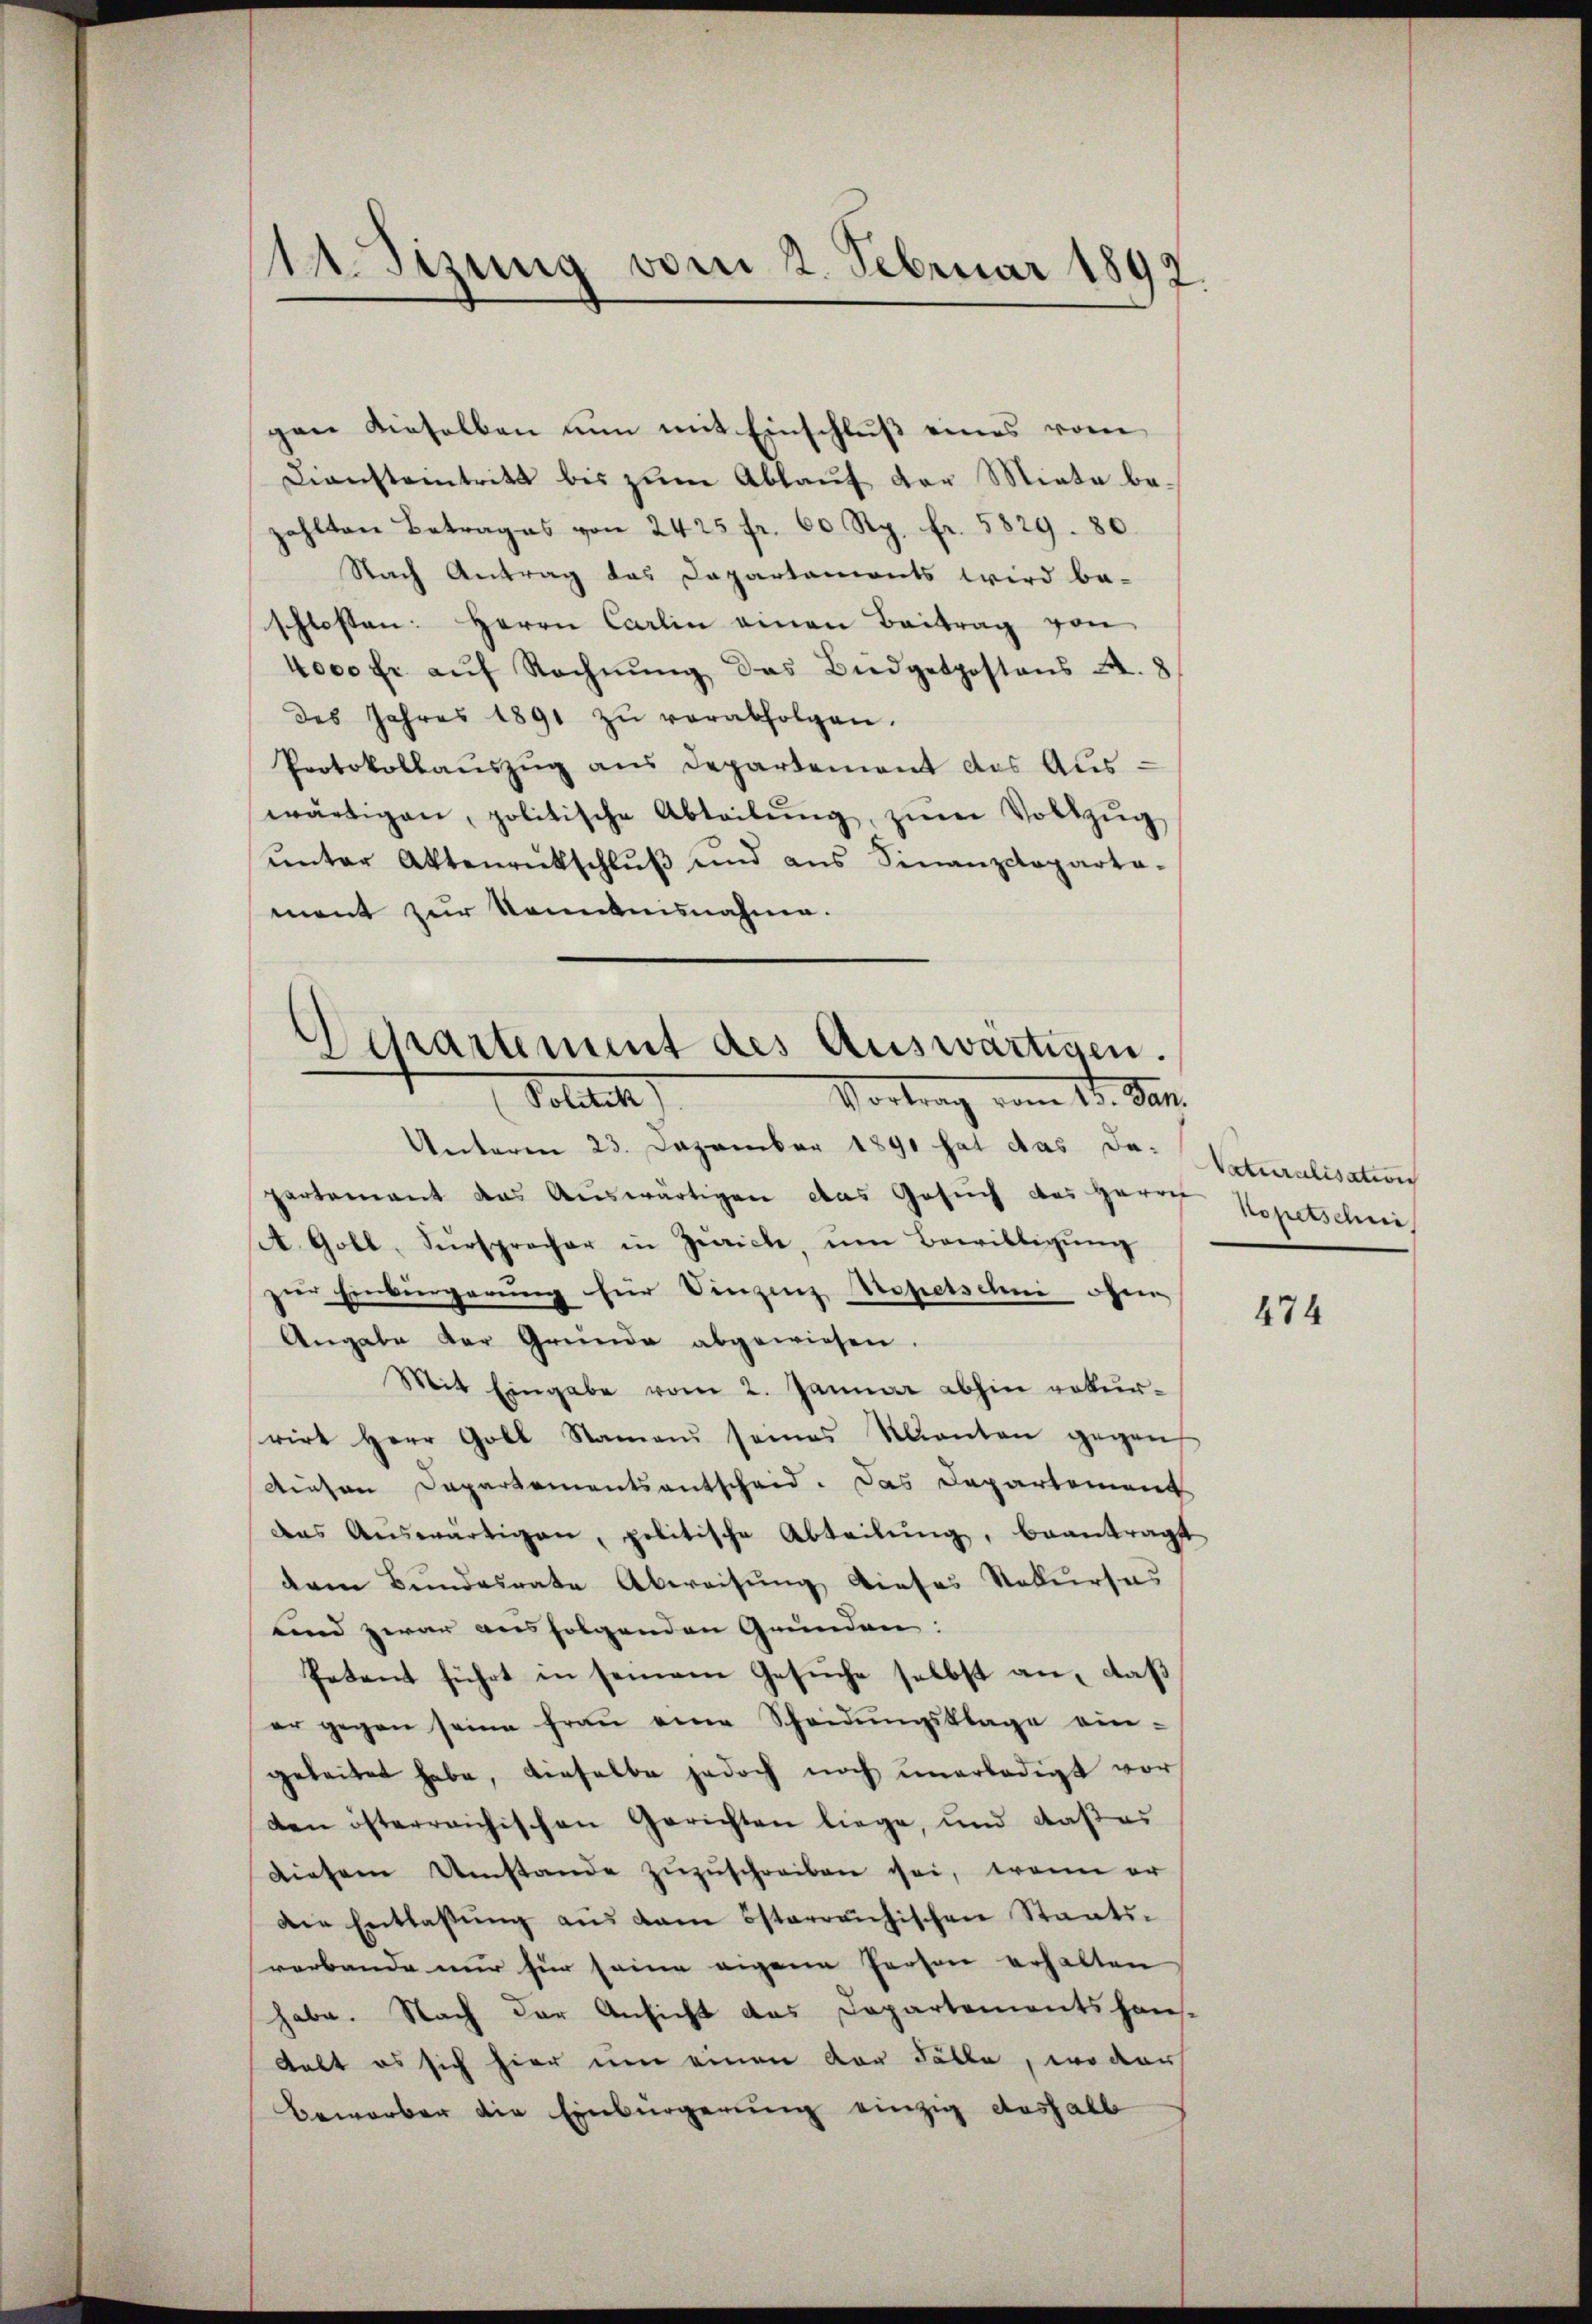
gen dieselben nun mit Einschluß eines vom
Dienstantritt bis zum Ablauf der Miete beahlten Betrages von 2425 fr. 60 Rp. fr. 5829. 80.
Nach Antrag das Dapartements wird be-
schlossen: Herrn Carlin einen Beitrag von
4000 fr. aŭf Rechnŭng das Büdgetpostens A. 8
des Jahres 1891 zŭ verabfolgen.
Protokollauszug aus Departement des Auswärtigen, politische Abteilŭng, zŭm Voltzŭg
ŭnter Aktenrütschlŭβ und ans Finanzdeparta-
ment zur Kenntnisnahme.
Departement des Auswärtigen.

1 Sizung vom 2. Februar 1892.

Pollich
Vortrag vom 17. Jak.

Unterm 23. Dezember 1890 hat das da-
partement das Auswärtigen das Gesŭch des Herrn
A. Goll, Fürsprocher in Zürich, ŭm Bewilligŭng
zier Einkingerŭng für Vinzenz Hopetschni ohne
Angabe der Gründe abgewiesen.
Mit Eingabe vom 2. Januar abhin rekurrirt Herr Goll Namen seines Kanton gegen
diesen Departementsentscheid. Das Departement
des Aŭswärtigen, politische Abteilŭng, beantragt
dem Bundesrate Abweisung dieses Rekurses
und zwar ausfolgenden Grunden:
Petent führt in seinem Gesuche selbst an, daß
er gegen seine Frau eine Scheidŭngsklage ein-
geleitet habe, dieselbe jedoch noch unerledigt vor
den österreichischen Gerichten liege, und daß es
diesem Umstande zŭzŭschreiben sei, wenn er
Die Entlassŭng aŭs dem österreichischen Staats-
verbande nur für seine eigene Person erhalten
habe. Nach der Ansicht das Departementshaus-
Lebt es sich hier nun einen vor Fälle, wo dar
Beworber die Einbürgerung einzig aushalb

Vaturalisation
Kopetschni

474